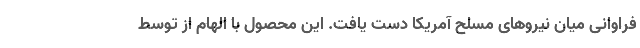
فراوانی میان نیروهای مسلح آمریکا دست یافت. این محصول با الهام از توسط